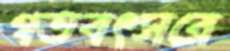
গতবৎসরে